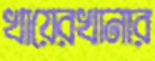
খায়েরখানার